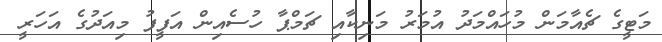
މަޓީގެ ޗެއާމަން މުހައްމަދު އުމަރު މަނިކާއި ޗަމްޕާ ހުސެއިން އަފީފު މިއަދުގެ އަހަރީ